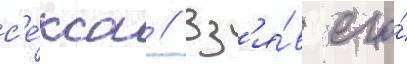
с'е́кса // Вз'я́в его́